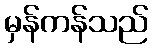
မှန်ကန်သည်